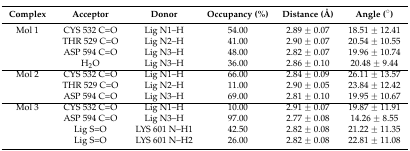
| Complex | Acceptor | Donor | Occupancy (%) | Distance (Å) | Angle (°) |
 | --- | --- | --- | --- | --- | --- |
 | Mol 1 | CYS 532 C=O | Lig N1–H | 54.00 | 2.89 ± 0.07 | 18.51 ± 12.41 |
 |  | THR 529 C=O | Lig N2–H | 41.00 | 2.90 ± 0.07 | 20.54 ± 10.55 |
 |  | ASP 594 C=O | Lig N3–H | 48.00 | 2.82 ± 0.07 | 19.96 ± 10.74 |
 |  | H2O | Lig N3–H | 36.00 | 2.86 ± 0.10 | 20.48 ± 9.44 |
 | Mol 2 | CYS 532 C=O | Lig N1–H | 66.00 | 2.84 ± 0.09 | 26.11 ± 13.57 |
 |  | THR 529 C=O | Lig N2–H | 11.00 | 2.90 ± 0.05 | 23.84 ± 12.42 |
 |  | ASP 594 C=O | Lig N3–H | 69.00 | 2.81 ± 0.10 | 19.95 ± 10.67 |
 | Mol 3 | CYS 532 C=O | Lig N1–H | 10.00 | 2.91 ± 0.07 | 19.87 ± 11.91 |
 |  | ASP 594 C=O | Lig N3–H | 97.00 | 2.77 ± 0.08 | 14.26 ± 8.55 |
 |  | Lig S=O | LYS 601 N–H1 | 42.50 | 2.82 ± 0.08 | 21.22 ± 11.35 |
 |  | Lig S=O | LYS 601 N–H2 | 26.00 | 2.82 ± 0.08 | 22.81 ± 11.08 |